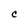
Character: c